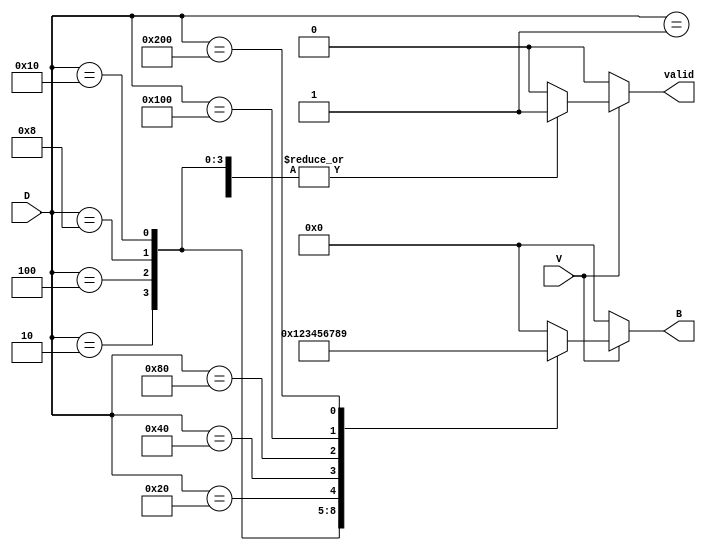
module DecimalToBinaryEncoder (
    input wire [9:0] D,  // 10 input lines D0 to D9
    input wire V,        // Valid signal
    output reg [3:0] B,  // 4-bit binary output B3 to B0
    output reg valid      // Output valid signal
);

    always @(*) begin
        // Default output
        B = 4'b0000; // Default to 0
        valid = 1'b0; // Default valid signal to low

        if (V) begin
            case (D)
                10'b0000000001: begin B = 4'b0000; valid = 1'b1; end // D0
                10'b0000000010: begin B = 4'b0001; valid = 1'b1; end // D1
                10'b0000000100: begin B = 4'b0010; valid = 1'b1; end // D2
                10'b0000001000: begin B = 4'b0011; valid = 1'b1; end // D3
                10'b0000010000: begin B = 4'b0100; valid = 1'b1; end // D4
                10'b0000100000: begin B = 4'b0101; valid = 1'b1; end // D5
                10'b0001000000: begin B = 4'b0110; valid = 1'b1; end // D6
                10'b0010000000: begin B = 4'b0111; valid = 1'b1; end // D7
                10'b0100000000: begin B = 4'b1000; valid = 1'b1; end // D8
                10'b1000000000: begin B = 4'b1001; valid = 1'b1; end // D9
                default: begin B = 4'b0000; valid = 1'b0; end // Invalid state
            endcase
        end else begin
            B = 4'b0000; // If V is low, output should be 0
            valid = 1'b0; // Invalid output
        end
    end

endmodule